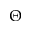
\Theta